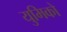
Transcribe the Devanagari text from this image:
युमिको